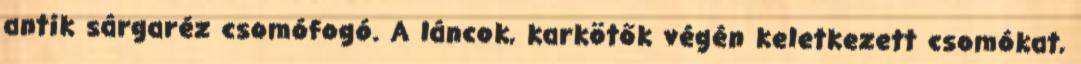
antik sárgaréz csomófogó. A láncok, karkötők végén keletkezett csomókat,